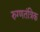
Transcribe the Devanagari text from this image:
रुग्णतंत्रिक